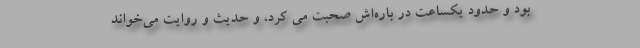
بود و حدود یکساعت در باره‌اش صحبت می کرد، و حدیث و روایت می‌خواند